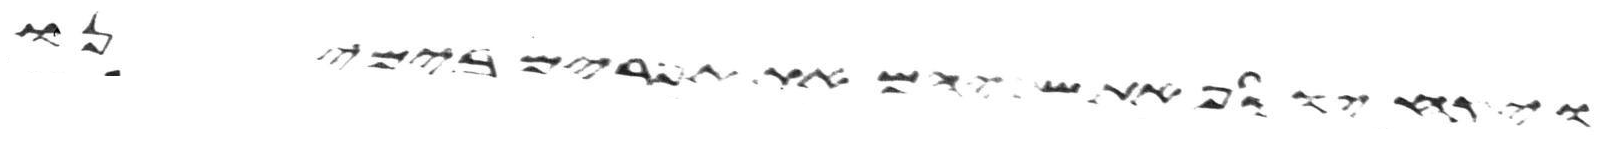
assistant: ויקח יוסף את שניהם את אפרים בימינו